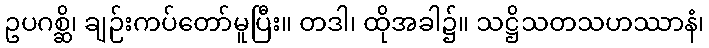
ဥပဂစ္ဆိ၊ ချဉ်းကပ်တော်မူပြီး။ တဒါ၊ ထိုအခါ၌။ သဋ္ဌိသတသဟဿာနံ၊